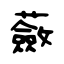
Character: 蘞